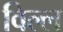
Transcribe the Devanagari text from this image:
विल्ल